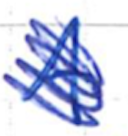
Text: A
Cross-out: scratch
Writing tool: ballpoint